Scottish Leaving Certificate Examination, 1956
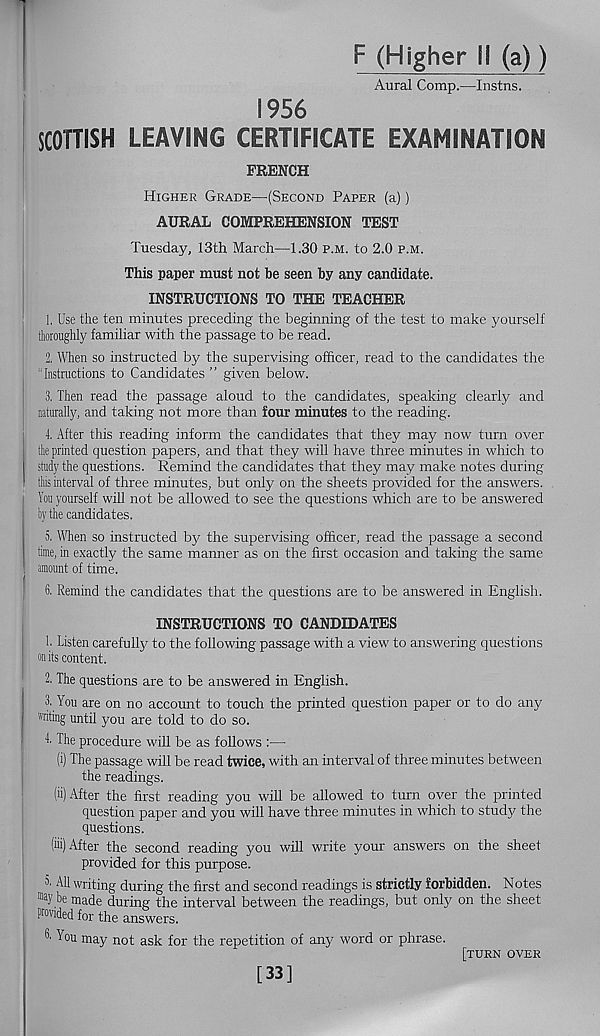
F (Higher H (a))
Aural Comp.—Instns.
1956
SCOTTISH LEAVING CERTIFICATE EXAMINATION
FRENCH
Higher Grade—(Second Paper (a))
AURAL COMPREHENSION TEST
Tuesday, 13th March—1.30 p.m. to 2.0 p.m.
This paper must not be seen by any candidate.
INSTRUCTIONS TO THE TEACHER
1. Use the ten minutes preceding the beginning of the test to make yourself
thoroughly familiar with the passage to be read.
2. When so instructed by the supervising officer, read to the candidates the
"Instructions to Candidates” given below.
3. Then read the passage aloud to the candidates, speaking clearly and
naturally, and taking not more than four minutes to the reading.
4. After this reading inform the candidates that they may now turn over
the printed question papers, and that they will have three minutes in which to
study the questions. Remind the candidates that they may make notes during
this interval of three minutes, but only on the sheets provided for the answers.
You yourself will not be allowed to see the questions which are to be answered
by the candidates.
5. When so instructed by the supervising officer, read the passage a second
time, in exactly the same manner as on the first occasion and taking the same
amount of time.
6. Remind the candidates that the questions are to be answered in English.
INSTRUCTIONS TO CANDIDATES
1. Listen carefully to the following passage with a view to answering questions
on its content.
2. The questions are to be answered in English.
3. You are on no account to touch the printed question paper or to do any
writing until you are told to do so.
L The procedure will be as follows :—
(i) The passage will be read twice, with an interval of three minutes between
the readings.
(ii) After the first reading you will be allowed to turn over the printed
question paper and you will have three minutes in which to study? the
questions.
(iii) After the second reading you will write your answers on the sheet
provided for this purpose.
3. All writing during the first and second readings is strictly forbidden. Notes
be made during the interval between the readings, but only on the sheet
Provided for the answers.
Y ou may not ask for the repetition of any word or phrase.
[33]
[turn over